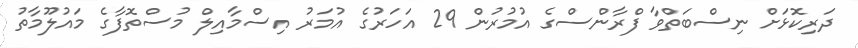
ދަރިކޮޅަށް ނިސްބަތްވާ ފްރާންސްގެ އުމުރުން 29 އަހަރުގެ އުމަރު އިސްމާއިލް މުސްތޮފާގެ މައުލޫމާތު